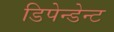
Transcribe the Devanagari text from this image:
डिपेन्डेन्ट